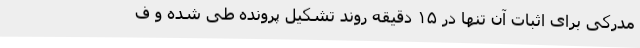
مدرکی برای اثبات آن تنها در ۱۵ دقیقه روند تشکیل پرونده طی شده و ف